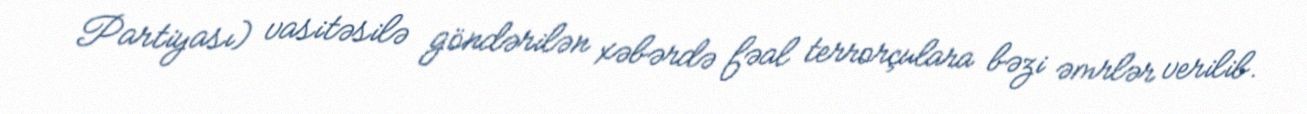
Partiyası) vasitəsilə göndərilən xəbərdə fəal terrorçulara bəzi əmrlər verilib.